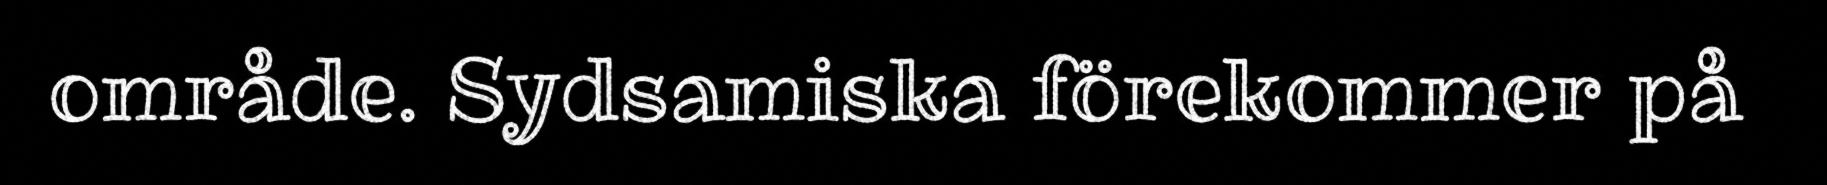
område. Sydsamiska förekommer på